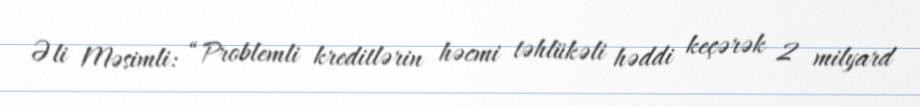
Əli Məsimli: “Problemli kreditlərin həcmi təhlükəli həddi keçərək 2 milyard